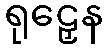
ရုဠှေန